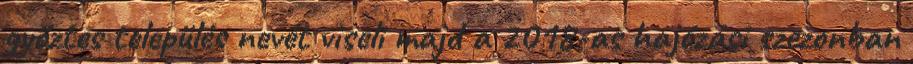
győztes település nevét viseli majd a 2018-as hajózási szezonban